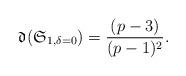
LaTeX: \begin{align*}\mathfrak{d}(\mathfrak{S}_{1,\delta=0}) = \frac{(p-3)}{(p-1)^2}.\end{align*}